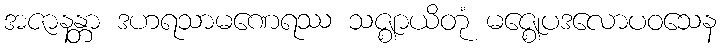
အဇာနန္တာ ဒဟရသာမဏေရဿ သဇ္ဈာယိတုံ မဇ္ဈေပဒလောပဝသေန